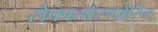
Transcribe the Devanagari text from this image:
सेफालॉसपोरिन